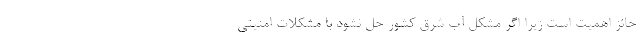
حائز اهمیت است زیرا اگر مشکل آب شرق کشور حل نشود با مشکلات امنیتی